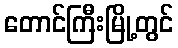
တောင်ကြီးမြို့တွင်